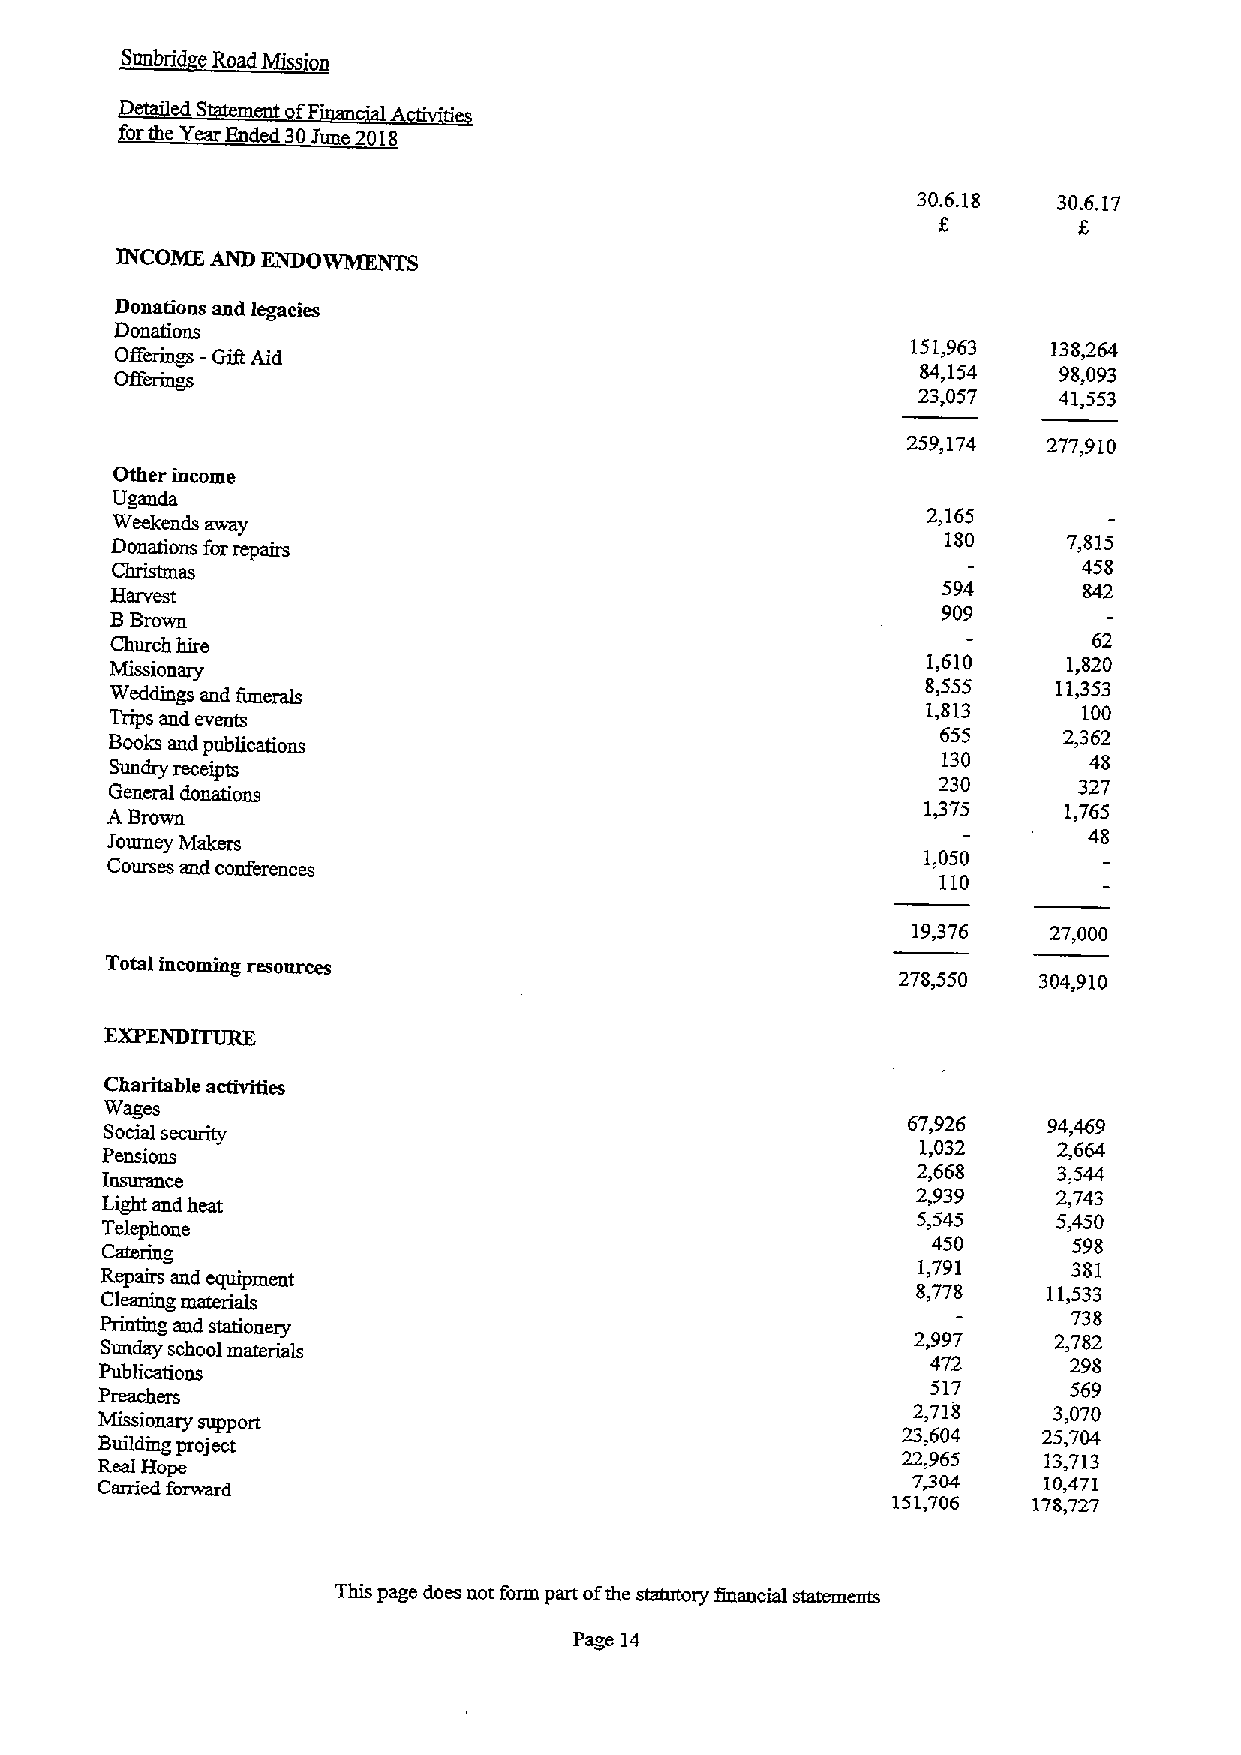
Sunbrid eRoad Miss o
 edS  ment fp
 forthe Year Ended 30June 2018
 30.6.18  30.6.17
 INCOME AND ENDOWMENTS
 Donations and legacies
 Donations
 Off~ -                                              151,963   138464
 Gifl Aid
 S4,154   98,093
 OffCIIDQ
 23,057   41,553
 259,174  277,910
 Other income
 Uganda
 2,165
 Weekends away
 Donations forrepairs                                    180     7,815
 458
 as
 Harvest                                                594       S42
 BBrown                                                 909
 Church hire                                                      62
 Missionary
 1,610     1,820
 8,555    11,353
 Weddings and funerals
 1,813      100
 Trips and events
 Books and publications                                 655     2,362
 130       48
 Sundry receipts
 230      327
 General donations
 ABrown                                                1/75     1,765
 48
 Journey Makers
 1,050
 Courses and conferences
 110
 19,376   27,000
 Total incoming resources
 278,550   304,910
 EXPENDITURE
 Charitable activities
 Wages
 67,926   94,469
 Social security
 Pensions
 1,032    2,664
 2,668    3,544
 Insurance
 2,939    2,743
 Light and heat
 5,545    5,450
 Telephone
 450      598
 Catering
 1,791     381
 Repairs and equipment
 8,778   11,533
 Cleaning materials
 738
 Printmg and stationery
 2,997     2,782
 Sunday school materials
 472      298
 Publications
 517      569
 Preachers
 2,718     3,070
 Missionary support
 23,604   25,704
 Buildmg project
 Real Hope                                             22,965   13,713
 Carried forward                                       7304     10,471
 151,706  178,727
 This page does not form part ofthe statutory financial statements
 Page 14